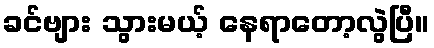
ခင်ဗျား သွားမယ့် နေရာတော့လွဲပြီ။